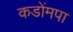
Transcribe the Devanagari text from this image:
कडोंमपा